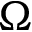
\Omega